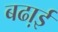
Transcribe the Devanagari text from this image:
बढा़ई